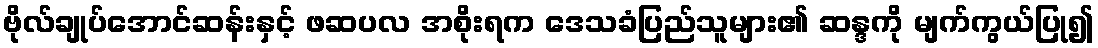
ဗိုလ်ချုပ်အောင်ဆန်းနှင့် ဖဆပလ အစိုးရက ဒေသခံပြည်သူများ၏ ဆန္ဒကို မျက်ကွယ်ပြု၍